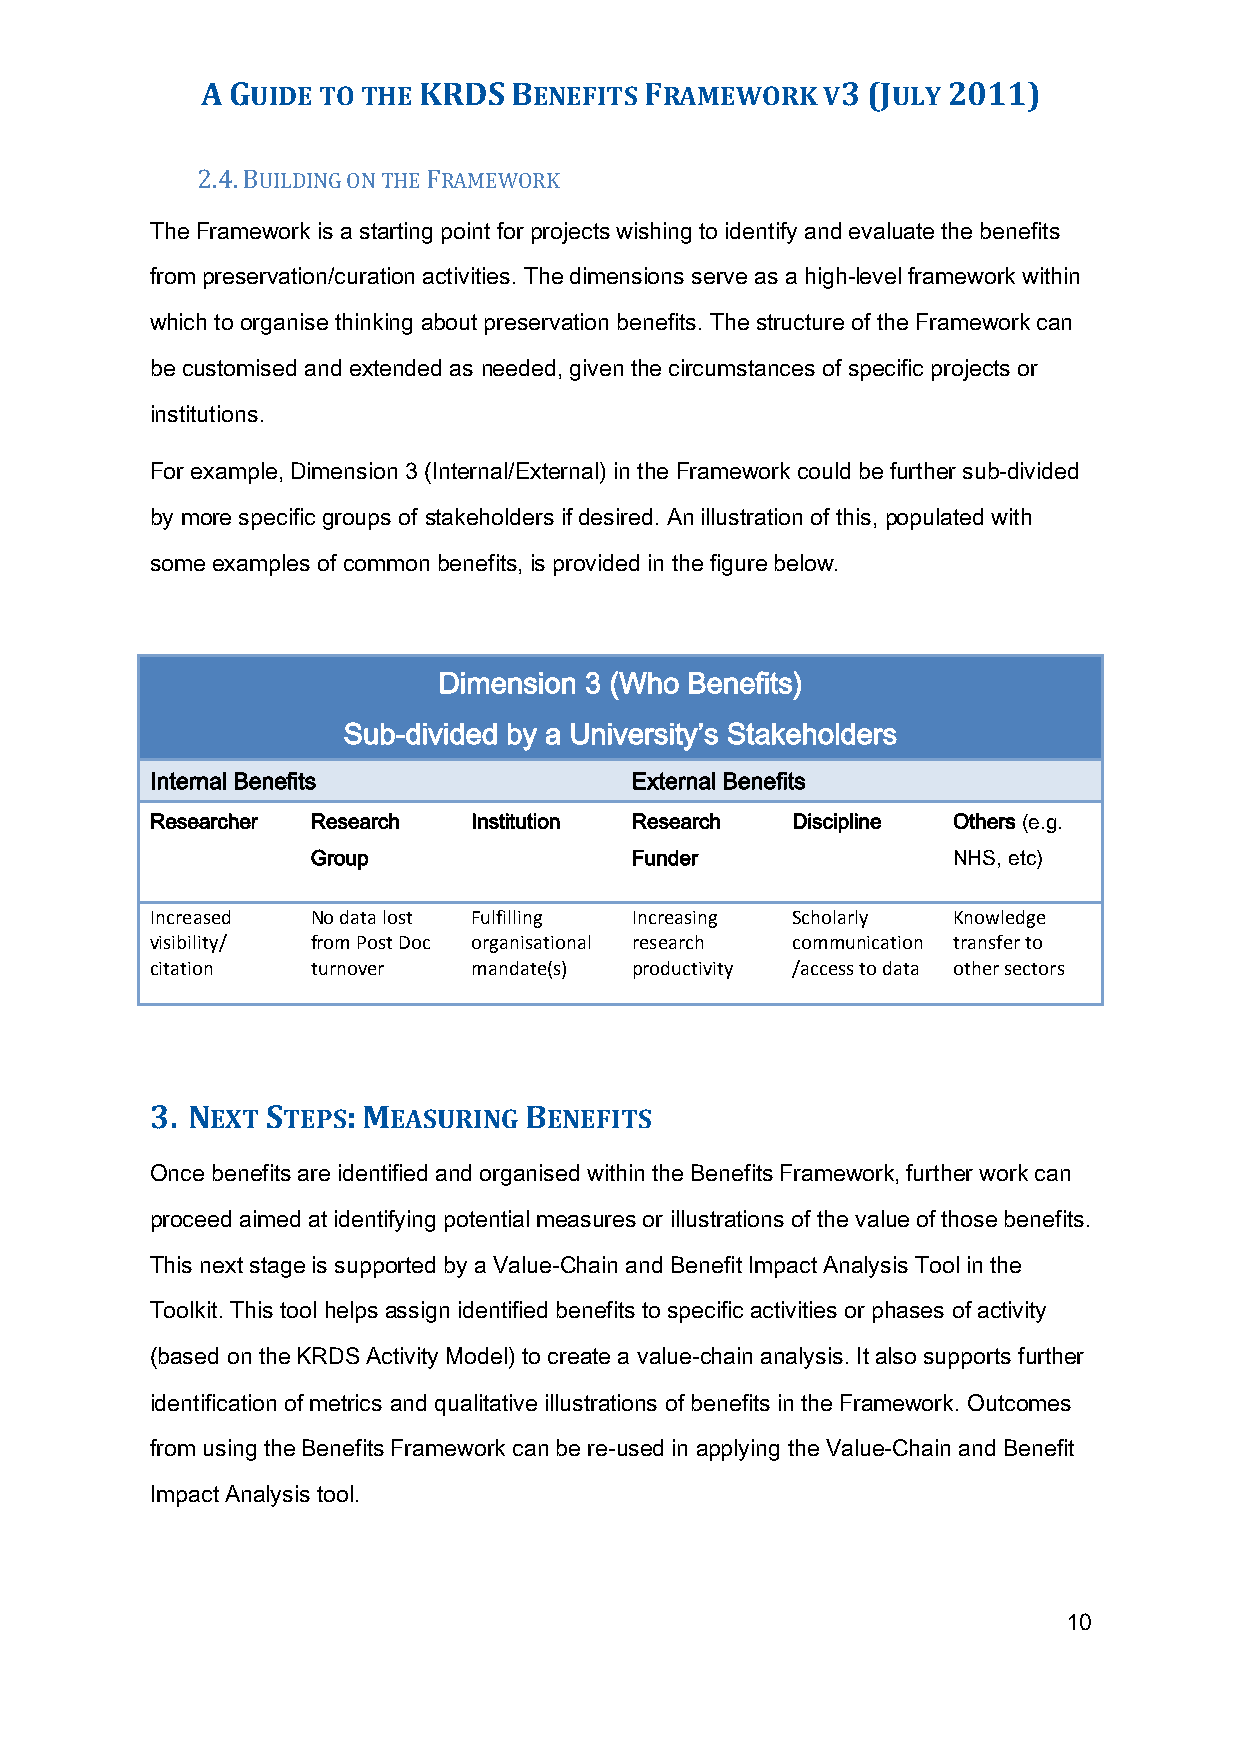
A GUIDE TO THE KRDS  BENEFITS FRAMEWORK  V3 (JULY 2011)
 2.4. BUILDING ON THE FRAMEWORK
 The Framework is a starting point for projects wishing to identify and evaluate the benefits
 from preservation/curation activities. The dimensions serve as a high-level framework within
 which to organise thinking about preservation benefits. The structure of the Framework can
 be customised and extended as needed, given the circumstances of specific projects or
 institutions.
 For example, Dimension 3 (Internal/External) in the Framework could be further sub-divided
 by more specific groups of stakeholders if desired. An illustration of this, populated with
 some examples of common benefits, is provided in the figure below.
 Dimension 3 (Who Benefits)
 Sub-divided by a University’s Stakeholders
 Internal Benefits               External Benefits
 Researcher Research  Institution Research Discipline Others (e.g.
 Group                Funder               NHS, etc)
 Increased  No data lost Fulfilling Increasing Scholarly Knowledge
 visibility/ from Post Doc organisational research communication transfer to
 citation   turnover  mandate(s) productivity /access to data other sectors
 3. NEXT STEPS: MEASURING BENEFITS
 Once benefits are identified and organised within the Benefits Framework, further work can
 proceed aimed at identifying potential measures or illustrations of the value of those benefits.
 This next stage is supported by a Value-Chain and Benefit Impact Analysis Tool in the
 Toolkit. This tool helps assign identified benefits to specific activities or phases of activity
 (based on the KRDS Activity Model) to create a value-chain analysis. It also supports further
 identification of metrics and qualitative illustrations of benefits in the Framework. Outcomes
 from using the Benefits Framework can be re-used in applying the Value-Chain and Benefit
 Impact Analysis tool.
 10